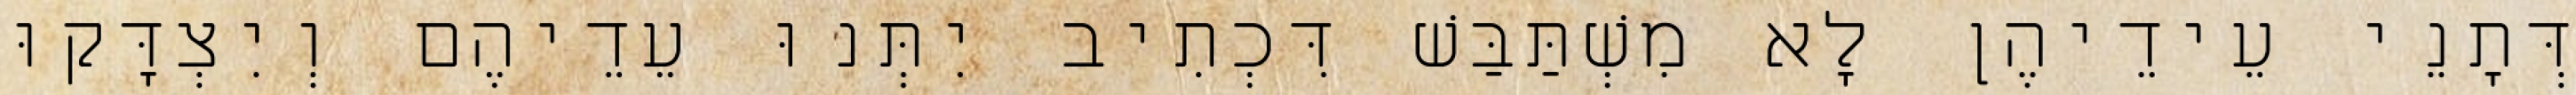
דְּתָנֵי עֵידֵיהֶן לָא מִשְׁתַּבַּשׁ דִּכְתִיב יִתְּנוּ עֵדֵיהֶם וְיִצְדָּקוּ